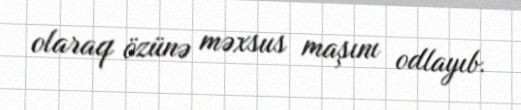
olaraq özünə məxsus maşını odlayıb.